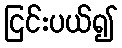
ငြင်းပယ်၍